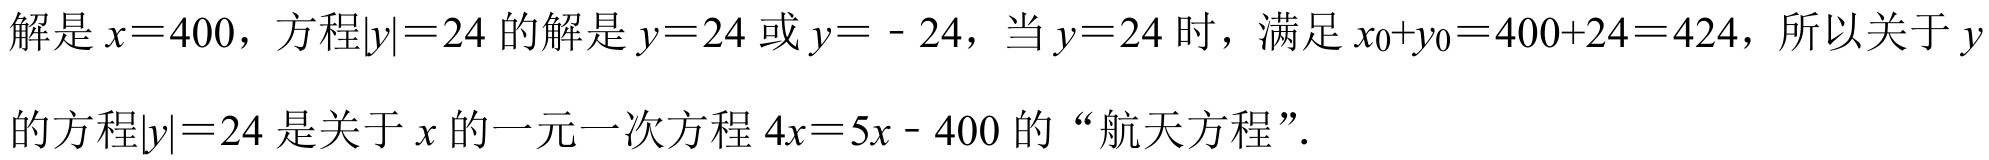
解是\(x = 400\)，方程\(\vert y\vert=24\)的解是\(y = 24\)或\(y = - 24\)，当\(y = 24\)时，满足\(x_{0}+y_{0}=400 + 24 = 424\)，所以关于\(y\)的方程\(\vert y\vert=24\)是关于\(x\)的一元一次方程\(4x = 5x - 400\)的“航天方程”．